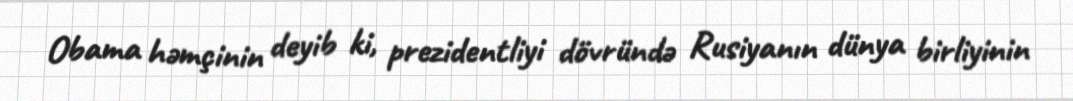
Obama həmçinin deyib ki, prezidentliyi dövründə Rusiyanın dünya birliyinin